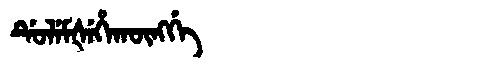
Manchu: ᡩᡠᠯᡝᠮᡧᡝᡥᠠᡴᡡᠩᡤᡝ
Romanization: DULEMŠEHAKŪNGGE